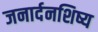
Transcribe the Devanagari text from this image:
जनार्दनशिष्य